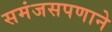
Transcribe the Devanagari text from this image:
समंजसपणाने